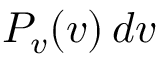
P _ { v } ( v ) \, d v